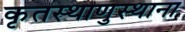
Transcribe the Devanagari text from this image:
कृतस्थाणुस्थाना